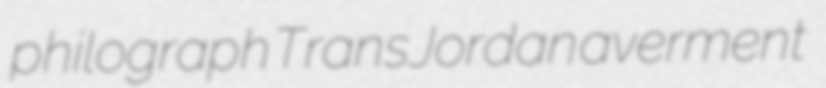
philograph TransJordan averment